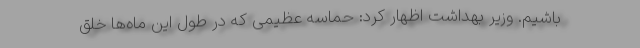
باشیم. وزیر بهداشت اظهار کرد: حماسه عظیمی که در طول این ماه‌ها خلق